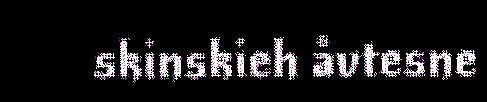
skinskieh åvtesne